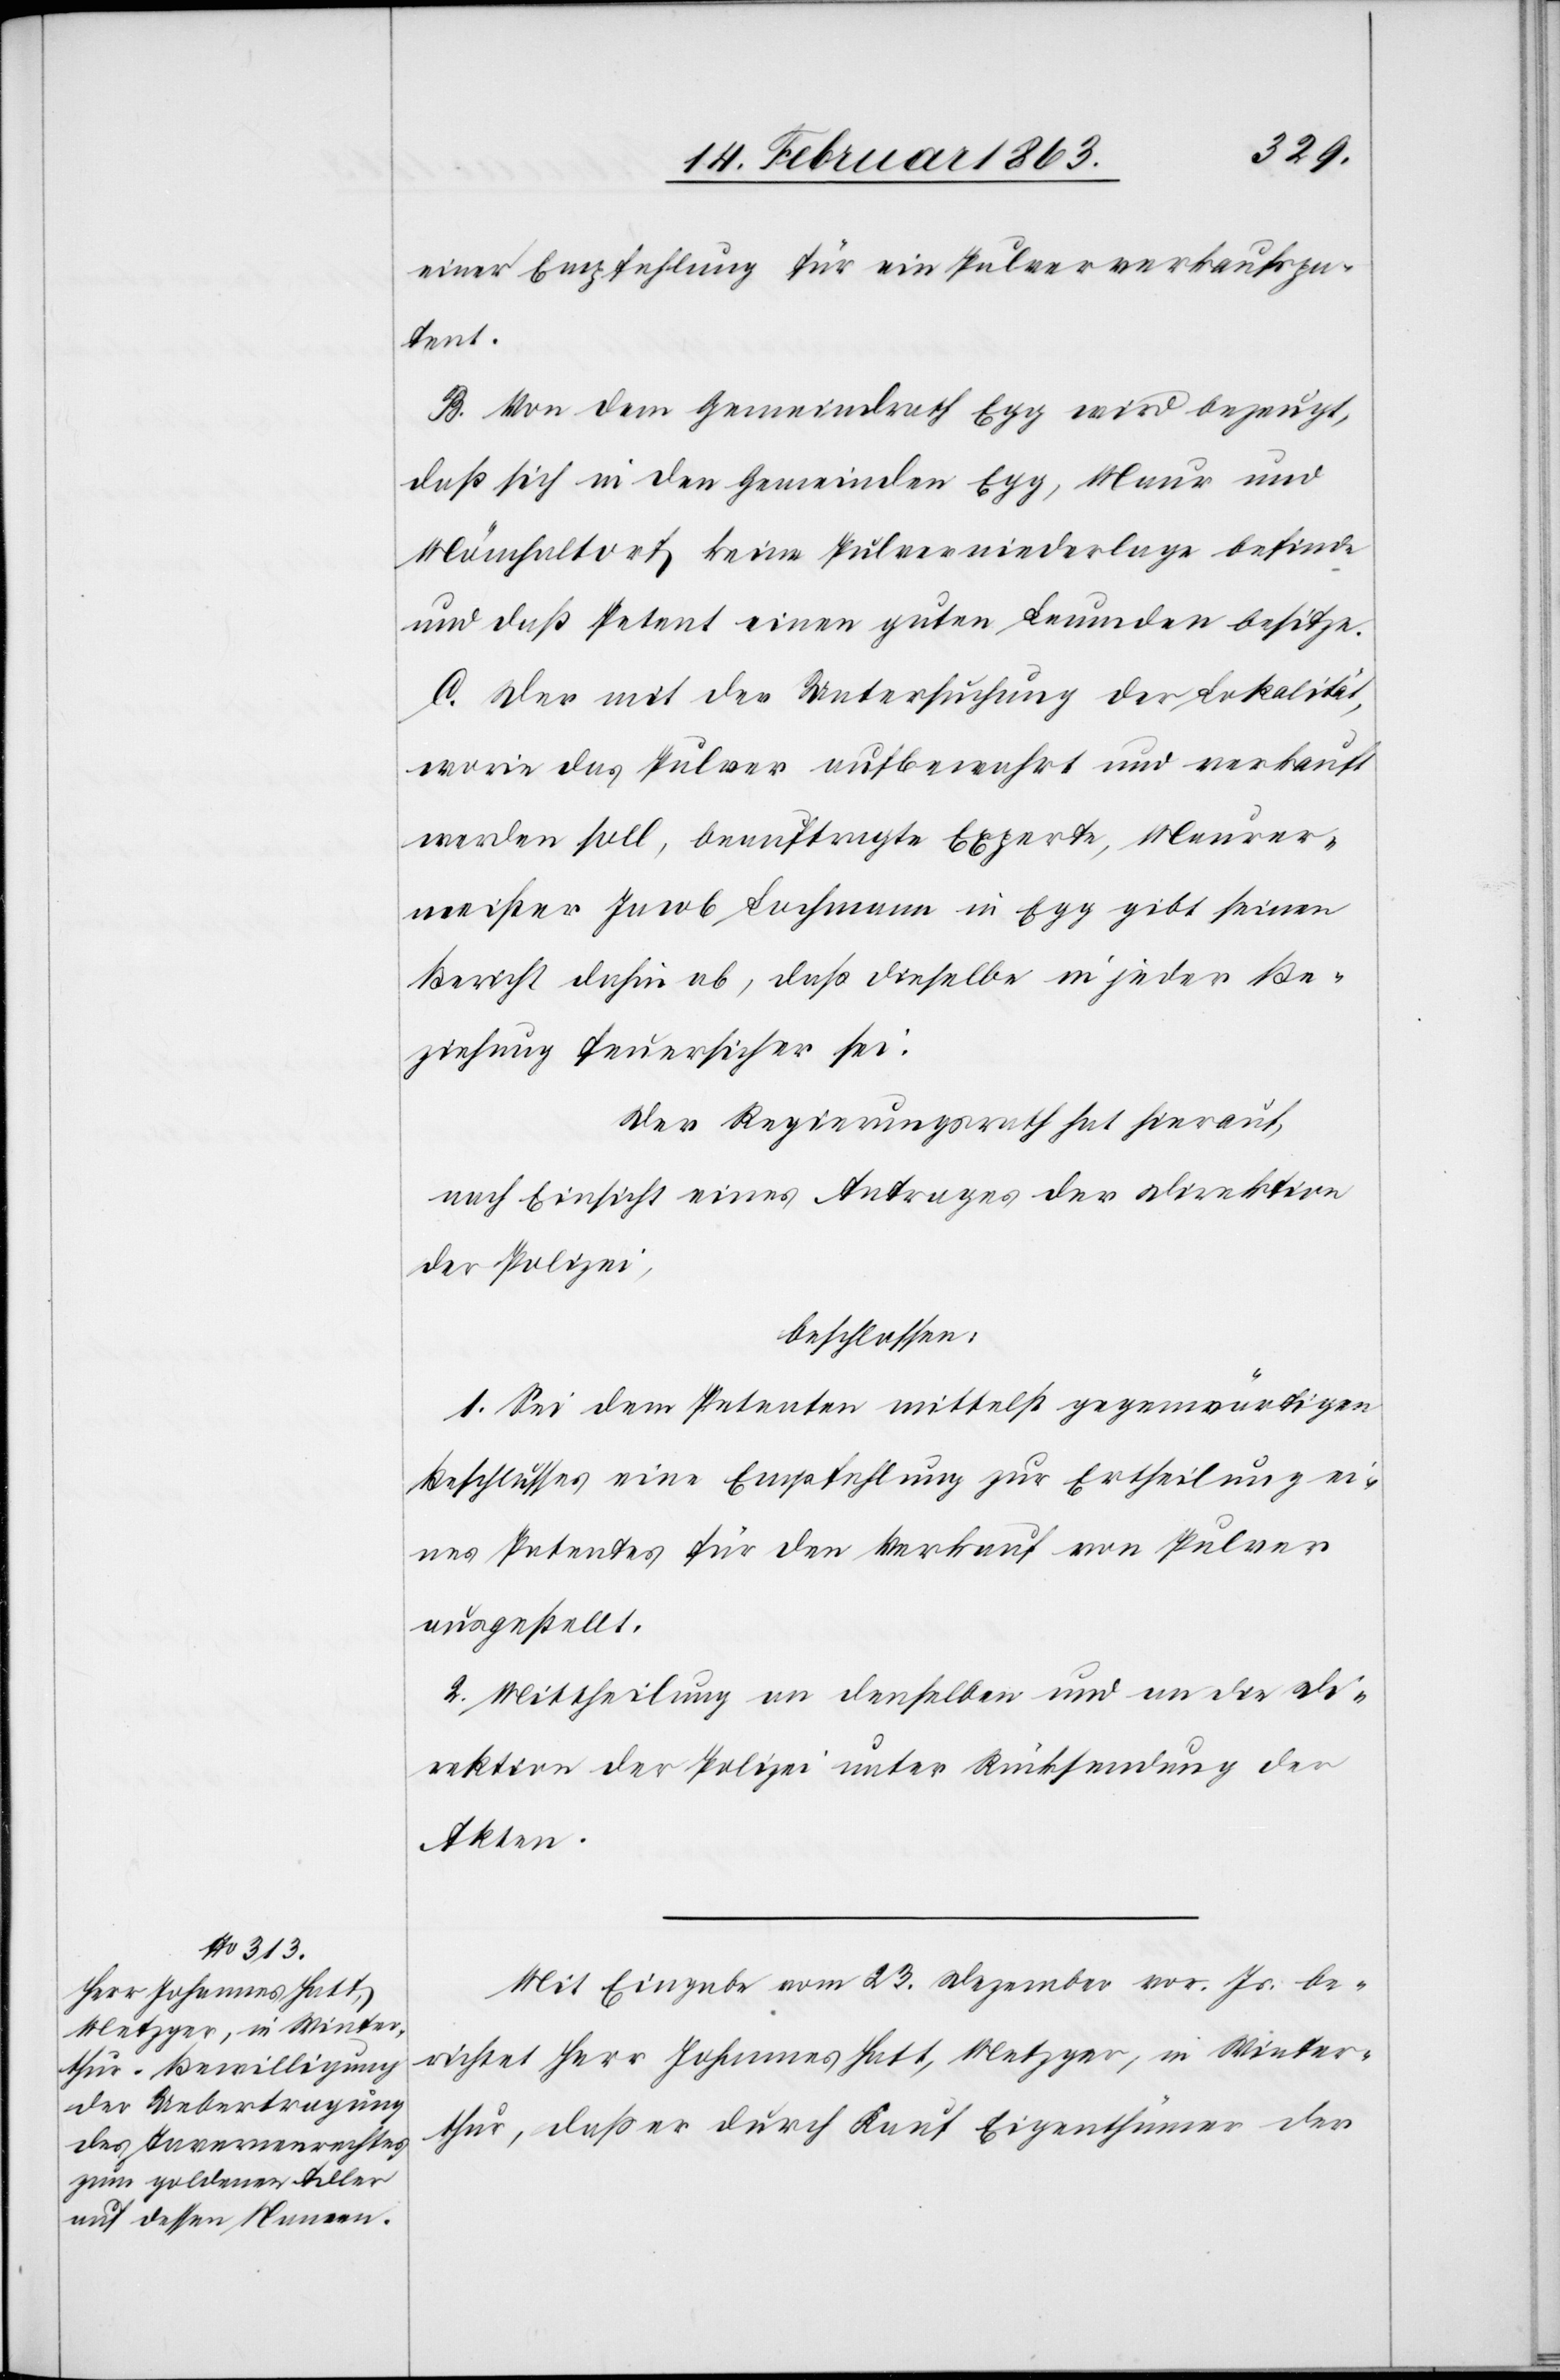
einer Empfehlung für ein Pulververkaufspa¬
tent.
B. Von dem Gemeindrath Egg wird bezeugt,
daß sich in den Gemeinden Egg, Maur und
Mönchaltorf keine Pulverniederlage befinde
und daß Petent einen guten Leumden besitze.
C. Der mit der Untersuchung der Lokalität,
worin das Pulver aufbewahrt und verkauft
werden soll, beauftragte Experte, Maurer¬
meister Jacob Lochmann in Egg gibt seinen
Bericht dahin ab, daß dieselbe in jeder Be¬
ziehung feuersicher sei.
Der Regierungsrath hat hierauf,
nach Einsicht eines Antrages der Direktion
der Polizei,
beschlossen:
1. Sei dem Petenten mittelst gegenwärtigen
Beschlusses eine Empfehlung zur Ertheilung ei¬
nes Patentes für den Verkauf von Pulver
ausgestellt.
2. Mittheilung an denselben und an die Di¬
rektion der Polizei unter Rücksendung der
Akten.
Mit Eingabe vom 23. Dezember vor. Js. be¬
richtet Herr Johannes Hatt, Metzger, in Winter¬
thur, daß er durch Kauf Eigenthümer der